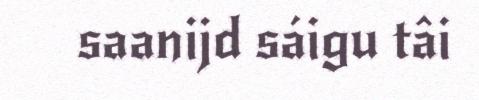
saanijd sáigu tâi